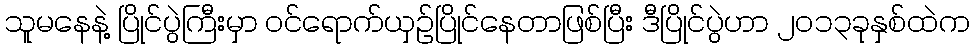
သူမနေနဲ့ ပြိုင်ပွဲကြီးမှာ ဝင်ရောက်ယှဉ်ပြိုင်နေတာဖြစ်ပြီး ဒီပြိုင်ပွဲဟာ ၂၀၁၃ခုနှစ်ထဲက